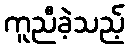
ကူညီခဲ့သည့်